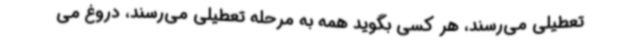
تعطیلی می‌رسند، هر کسی بگوید همه به مرحله تعطیلی می‌رسند، دروغ می